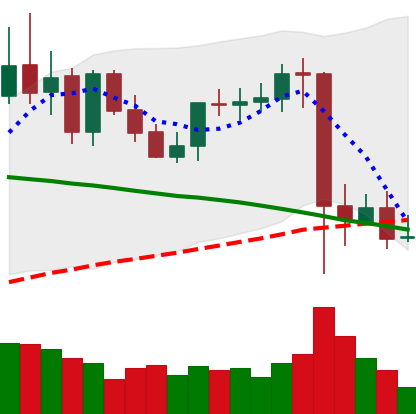
Ticker: XMR-USD
Chart end date: 2021-09-11
Forward return: 5.669%
Label: up_5_7